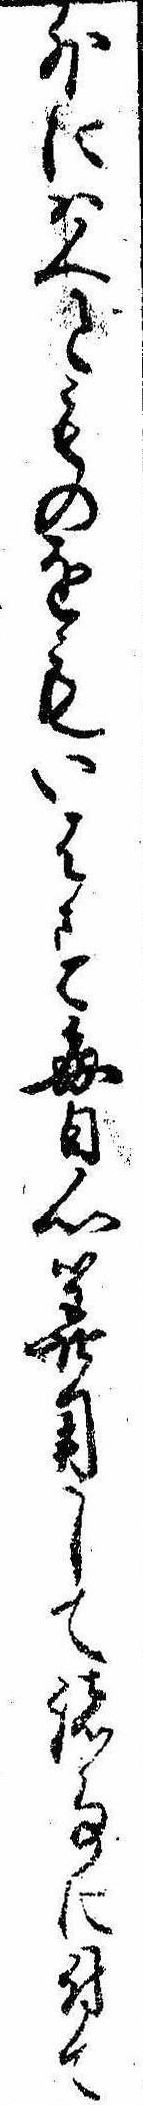
外には人とものをもいはす毎日心算用して諸事に付て